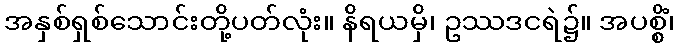
အနှစ်ရှစ်သောင်းတို့ပတ်လုံး။ နိရယမှိ၊ ဥဿဒငရဲ၌။ အပစ္စိံ၊